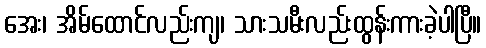
အေး၊ အိမ်ထောင်လည်းကျ၊ သားသမီးလည်းထွန်းကားခဲ့ပါပြီ။